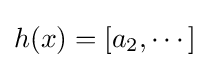
h(x)=[a_{2},\cdots ]